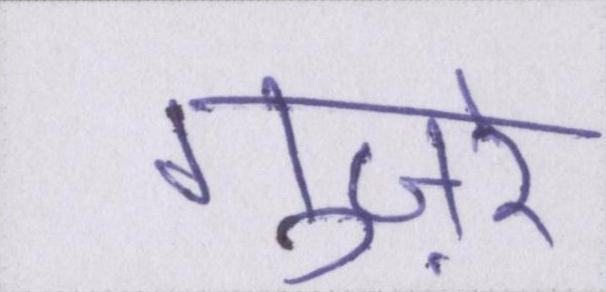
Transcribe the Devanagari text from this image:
गुज़रे